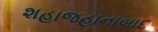
શહાજહાનાબાદ